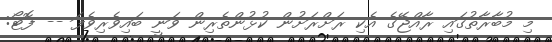
މި މުބާރާތުގައި ރާއްޖޭގެ އެކި ރަށްރަށުން ކުޅުންތެރިން ވަނީ ބައިވެރިވެފަ -- ފޮޓޯ: